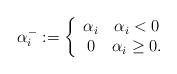
LaTeX: \begin{align*}\alpha_i^-:=\left\{\begin{array}{cc} \alpha_i & \alpha_i<0 \\ 0 & \alpha_i \ge 0. \end{array}\right.\end{align*}